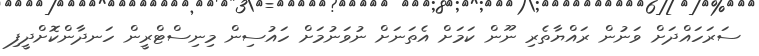
ސަރަހައްދަށް ވަނުން ރައްޔާތެރި ނޫން ކަމަށް އެތަނަށް ނުވަނުމަށް ހައުސިން މިނިސްޓްރީން ހަނދާންކޮށްދީފި